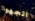
اتجهوا